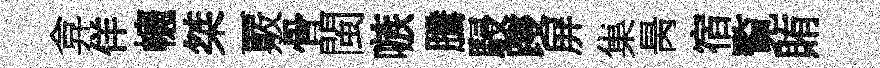
弇佯幰桀覈骨閩嗾騰駸躞屏集昺宿覧賄